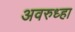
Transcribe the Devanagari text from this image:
अवरुध्हा